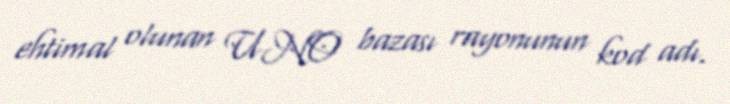
ehtimal olunan UNO bazası rayonunun kod adı.